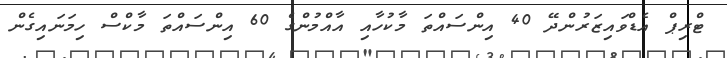
ޓްރިޕް އެޑްވައިޒަރުންދޭ 40 އިންސައްތަ މާކުހާއި އާއްމުންގެ 60 އިންސައްތަ މާކްސް ހިމަނައިގެން